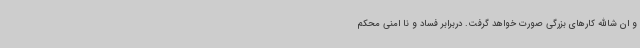
و ان شاالله کارهای بزرگی صورت خواهد گرفت. دربرابر فساد و نا امنی محکم